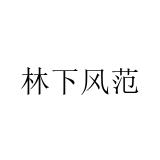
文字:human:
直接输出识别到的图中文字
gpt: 林下风范